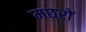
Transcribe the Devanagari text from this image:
मछरों